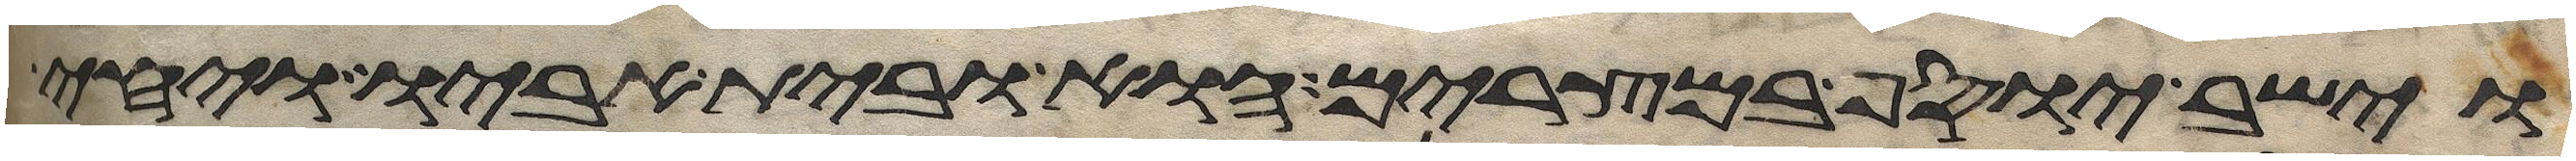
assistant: וישב יוסף במצרים הוא ובית אביו ויחי